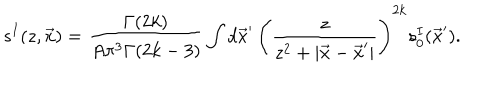
LaTeX: s ^ { I } ( z , \vec { x } ) = \frac { \Gamma ( 2 k ) } { A \pi ^ { 3 } \Gamma ( 2 k - 3 ) } \int d \vec { x } ^ { \prime } \, \left( \frac { z } { z ^ { 2 } + | \vec { x } - \vec { x } ^ { \prime } | } \right) ^ { 2 k } s _ { 0 } ^ { I } ( \vec { x } ^ { \prime } ) .